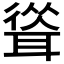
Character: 𦖴